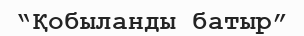
“Қобыланды батыр”